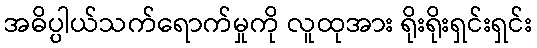
အဓိပ္ပါယ်သက်ရောက်မှုကို လူထုအား ရိုးရိုးရှင်းရှင်း